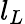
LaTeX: l_{L}